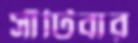
সাঁটিবার